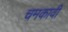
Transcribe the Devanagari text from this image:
चमकावी